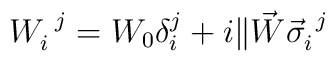
W^{~j}_i = W_0 \delta^j_i + i \| \vec W \vec \sigma^{~j}_i